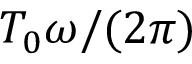
T _ { 0 } \omega / ( 2 \pi )